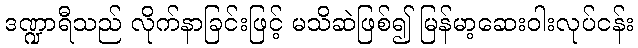
ဒဏ္ဍာရီသည် လိုက်နာခြင်းဖြင့် မသိဆဲဖြစ်၍ မြန်မာ့ဆေးဝါးလုပ်ငန်း